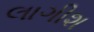
લાગીશ